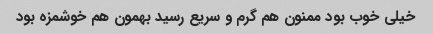
خیلی خوب بود ممنون هم گرم و سریع رسید بهمون هم خوشمزه بود